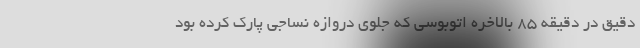
دقیق در دقیقه 85 بالاخره اتوبوسی که جلوی دروازه نساجی پارک کرده بود